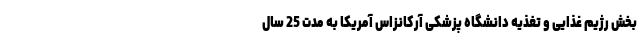
بخش رژیم غذایی و تغذیه دانشگاه پزشکی آرکانزاس آمریکا به مدت 25 سال